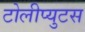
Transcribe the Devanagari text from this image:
टोलीप्युटस